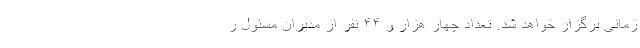
زمانی برگزار خواهد شد. تعداد چهار هزار و ۴۴ نفر از مدیران مسئول ر